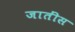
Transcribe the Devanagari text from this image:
जातींस